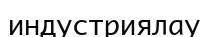
индустриялау